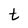
Character: t